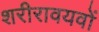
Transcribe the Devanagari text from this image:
शरीरावयवों